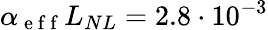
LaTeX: \alpha_{\mathrm{~e~f~f~}}L_{NL}=2.8\cdot 10^{-3}